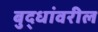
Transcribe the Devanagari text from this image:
बुद्धांवरील